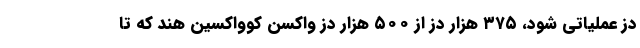
دز عملیاتی شود، ۳۷۵ هزار دز از ۵۰۰ هزار دز واکسن کوواکسین هند که تا